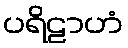
ပရိဠာဟံ